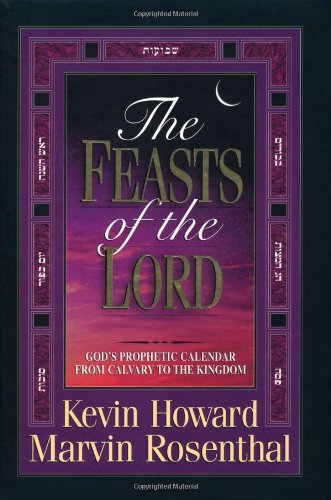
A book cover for The Feasts of the Lord: God's Prophetic Calendar from Calvary to the Kingdom; Kevin Howard; Christian Books & Bibles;